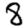
Digit: 8